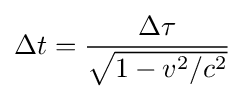
\Delta t={{\Delta \tau } \over {\sqrt {1-v^{2}/c^{2}}}}